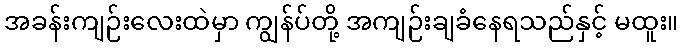
အခန်းကျဉ်းလေးထဲမှာ ကျွန်ပ်တို့ အကျဉ်းချခံနေရသည်နှင့် မထူး။